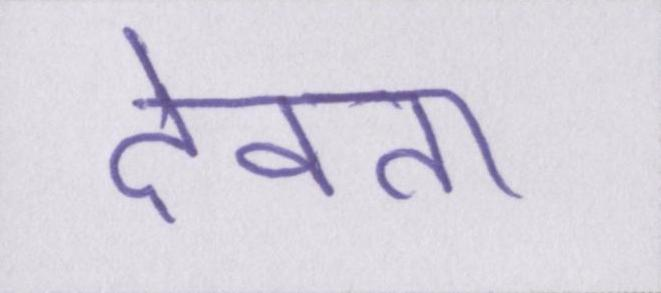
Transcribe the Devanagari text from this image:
देवता